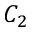
C _ { 2 }